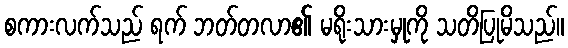
စကားလက်သည် ရက် ဘတ်တလာ၏ မရိုးသားမှုကို သတိပြုမိသည်။